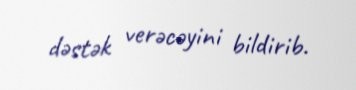
dəstək verəcəyini bildirib.